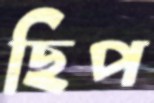
ছিপ